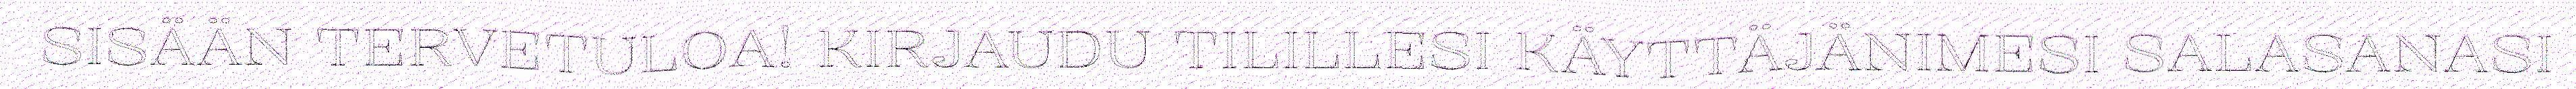
SISÄÄN TERVETULOA! KIRJAUDU TILILLESI KÄYTTÄJÄNIMESI SALASANASI